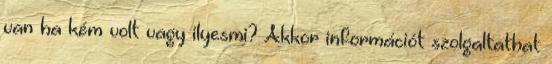
van ha kém volt vagy ilyesmi? Akkor információt szolgaltathat